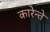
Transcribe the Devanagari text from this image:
कारेन्ते